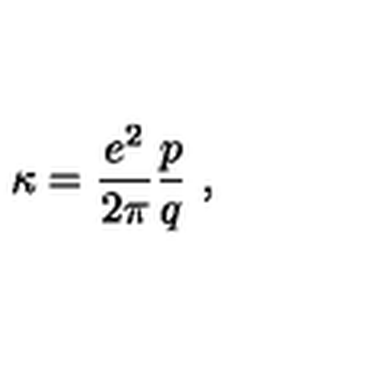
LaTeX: \kappa = \frac { e ^ { 2 } } { 2 \pi } \frac { p } { q } \ ,